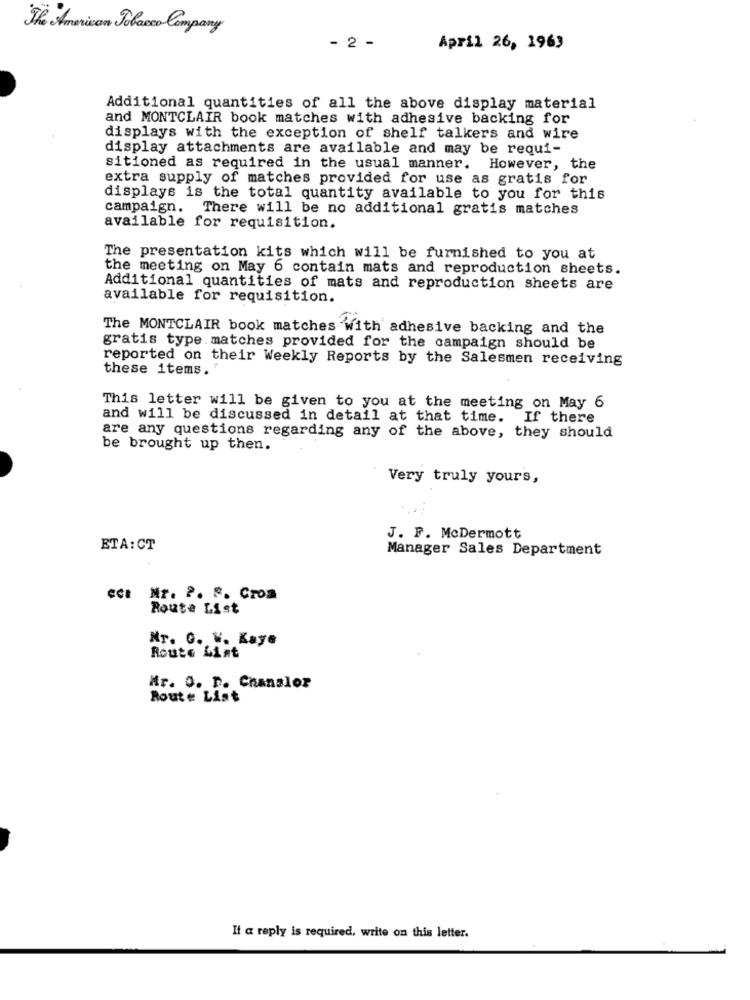
The American Tobacco Company
- 2 -
April 26, 1963
Additional quantities of all the above display material
and MONTCLAIR book matches with adhesive backing for
displays with the exception of shelf talkers and wire
display attachments are available and may be requi-
sitioned as required in the usual manner. However, the
extra supply of matches provided for use as gratis for
displays is the total quantity available to you for this
campaign. There will be no additional gratis matches
available for requisition.
The presentation kits which will be furnished to you at
the meeting on May 6 contain mats and reproduction sheets.
Additional quantities of mats and reproduction sheets are
available for requisition.
The MONTCLAIR book matches with adhesive backing and the
gratis type matches provided for the campaign should be
reported on their Weekly Reports by the Salesmen receiving
these items."
This letter will be given to you at the meeting on May 6
and will be discussed in detail at that time. If there
are any questions regarding any of the above, they should
be brought up then.
Very truly yours,
J. F. McDermott
ETA:CT
Manager Sales Department
ect Mr. 2. 2. Crom
Route List
Nr. G. W. Kaye
Route List
Mr. O. D. Chanslor
Route List
If a reply is required, write on this letter.